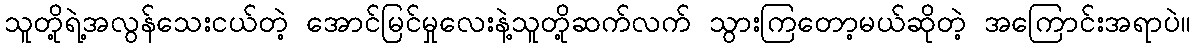
သူတို့ရဲ့အလွန်သေးငယ်တဲ့ အောင်မြင်မှုလေးနဲ့သူတို့ဆက်လက် သွားကြတော့မယ်ဆိုတဲ့ အကြောင်းအရာပဲ။